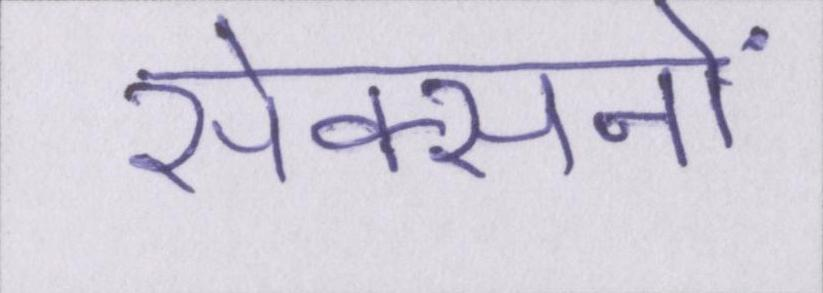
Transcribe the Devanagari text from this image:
सेक्सनों